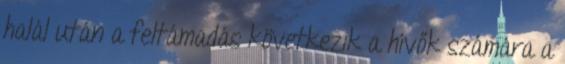
halál után a feltámadás következik a hívők számára a